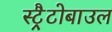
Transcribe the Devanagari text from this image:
स्ट्रैटोबाउल